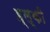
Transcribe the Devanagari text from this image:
ह्ल्की